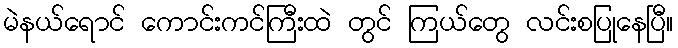
မဲနယ်ရောင် ကောင်းကင်ကြီးထဲ တွင် ကြယ်တွေ လင်းစပြုနေပြီ။